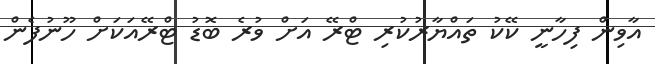
އާވިން ފިހާނީ ކޭކު ތައްޔާރުކުރި ޓްރޭ އަށް ވުރެ ބޮޑު ޓްރޭއަކަށް ހޫނުފެން